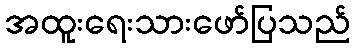
အထူးရေးသားဖော်ပြသည်